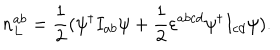
n _ { L } ^ { a b } = \frac 1 2 ( \psi ^ { \dagger } I _ { a b } \psi + \frac 1 2 \varepsilon ^ { a b c d } \psi ^ { \dagger } I _ { c d } \psi ) .